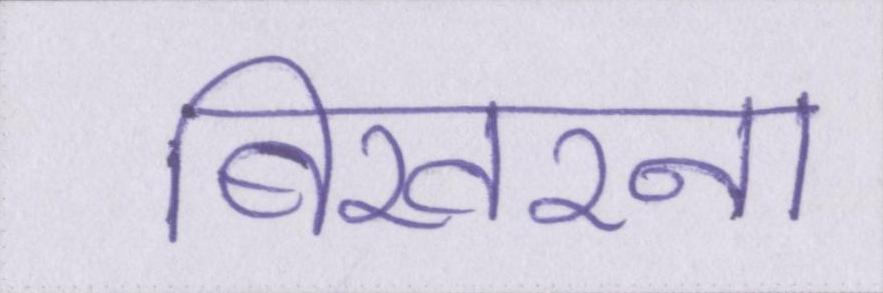
बिखरना